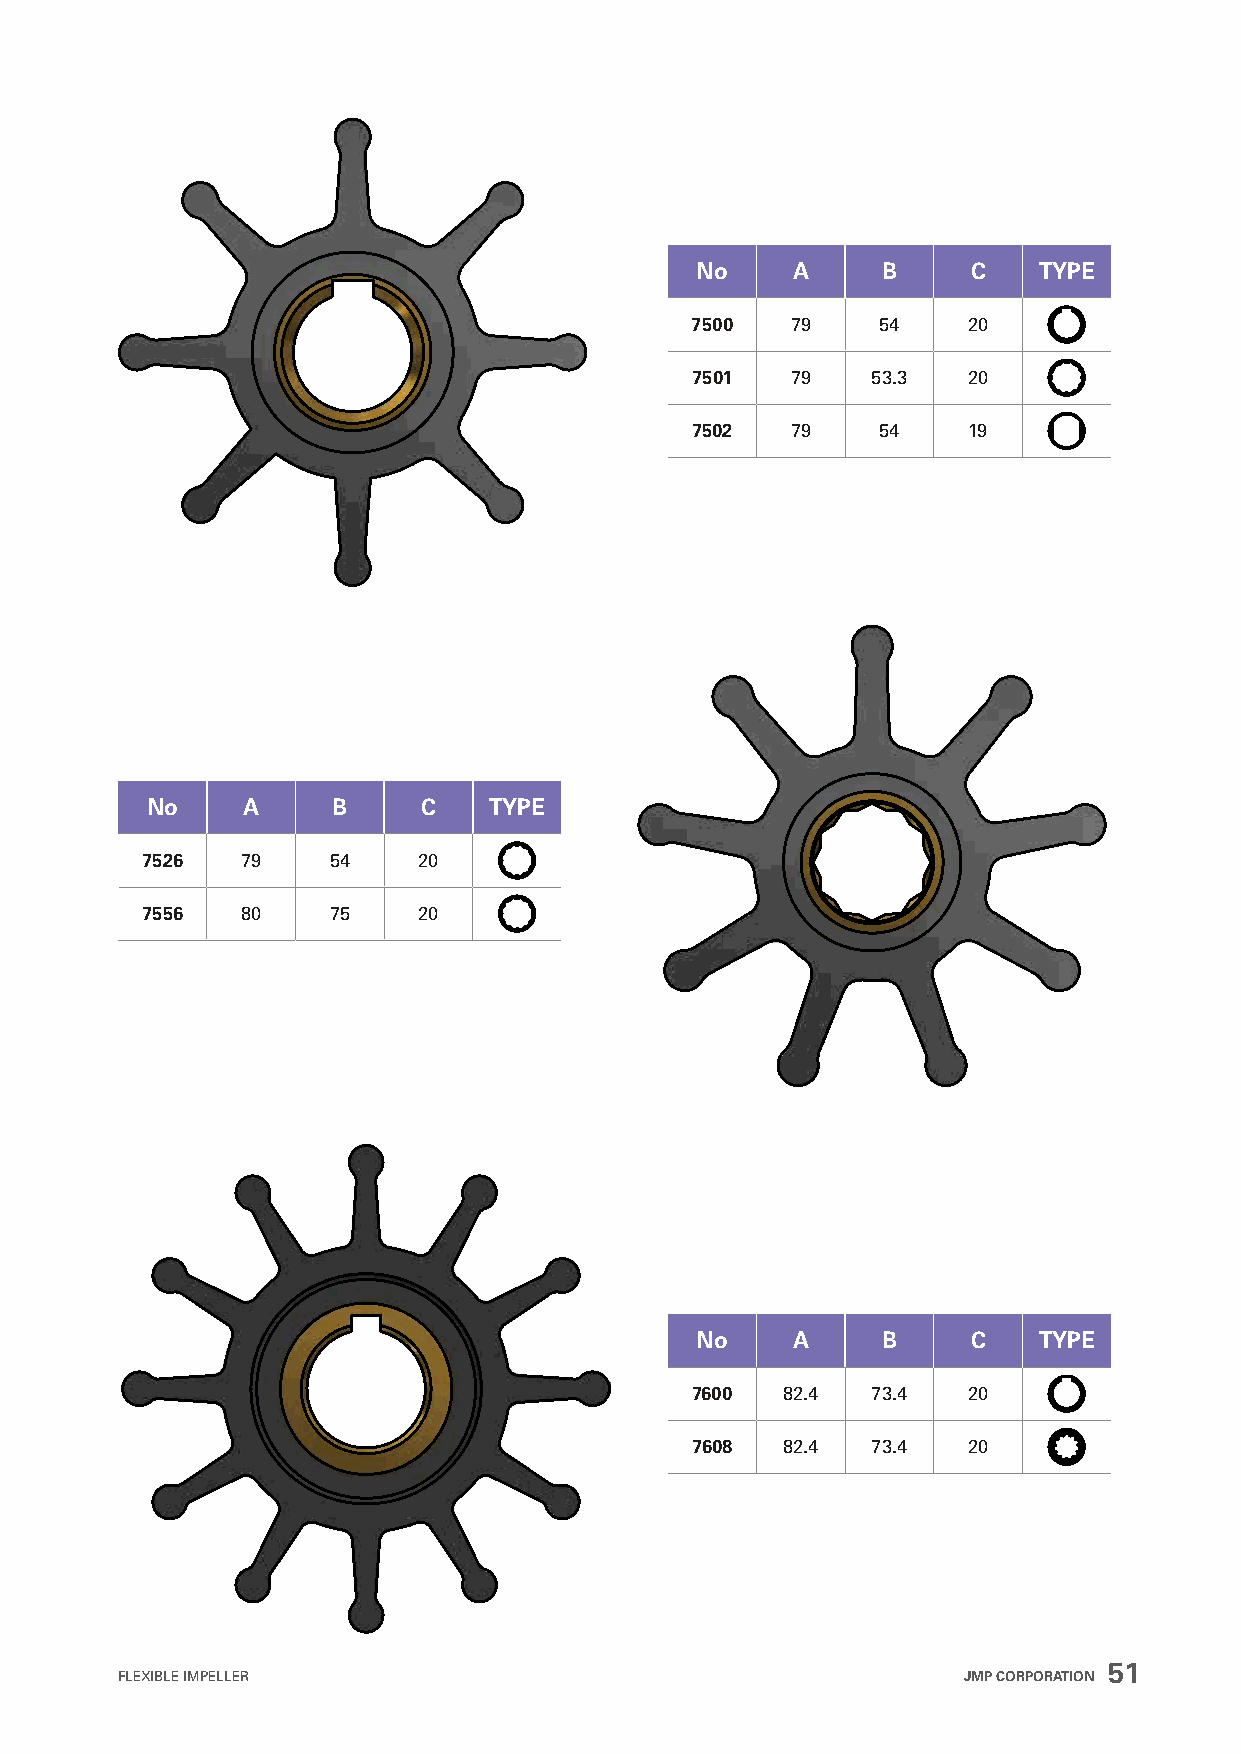
No    A     B     C    TYPE
 7500  79    54    20
 7501  79    53.3  20
 7502  79    54    19
 No    A     B     C   TYPE
 7526   79    54    20
 7556   80    75    20
 No    A     B     C    TYPE
 7600  82.4  73.4  20
 7608  82.4  73.4  20
 51
 FLEXIBLE IMPELLER                                       JMP CORPORATION